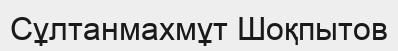
Сұлтанмахмұт Шоқпытов